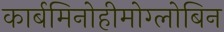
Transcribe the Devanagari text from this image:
कार्बमिनोहीमोग्लोबिन